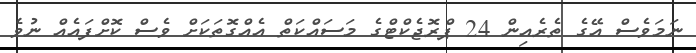
ނަމަވެސް އޭގެ ތެރެއިން 24 ޕްރޮޖެކްޓްގެ މަސައްކަތް އެއްގޮތަކަށް ވެސް ކޮށްފައެއް ނުވެ